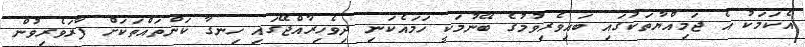
އެކަމަކު އެ ޖަމިއްޔާތަކުގައި ބައިވެރިވުމުގެ ބޭނުމަކީ ހަމައެކަނި ދިވެހިރާއްޖޭގައި ހިނގާ ކަންތައްތަކަށް ފާރަވެރިވުން